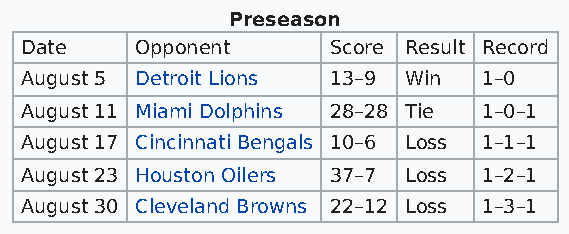
Preseason
 Date    Opponent     Score Result Record
 August 5 Detroit Lions 13–9 Win 1–0
 August 11 Miami Dolphins 28–28 Tie 1–0–1
 August 17 Cincinnati Bengals 10–6 Loss 1–1–1
 August 23 Houston Oilers 37–7 Loss 1–2–1
 August 30 Cleveland Browns 22–12 Loss 1–3–1